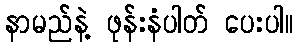
နာမည်နဲ့ ဖုန်းနံပါတ် ပေးပါ။